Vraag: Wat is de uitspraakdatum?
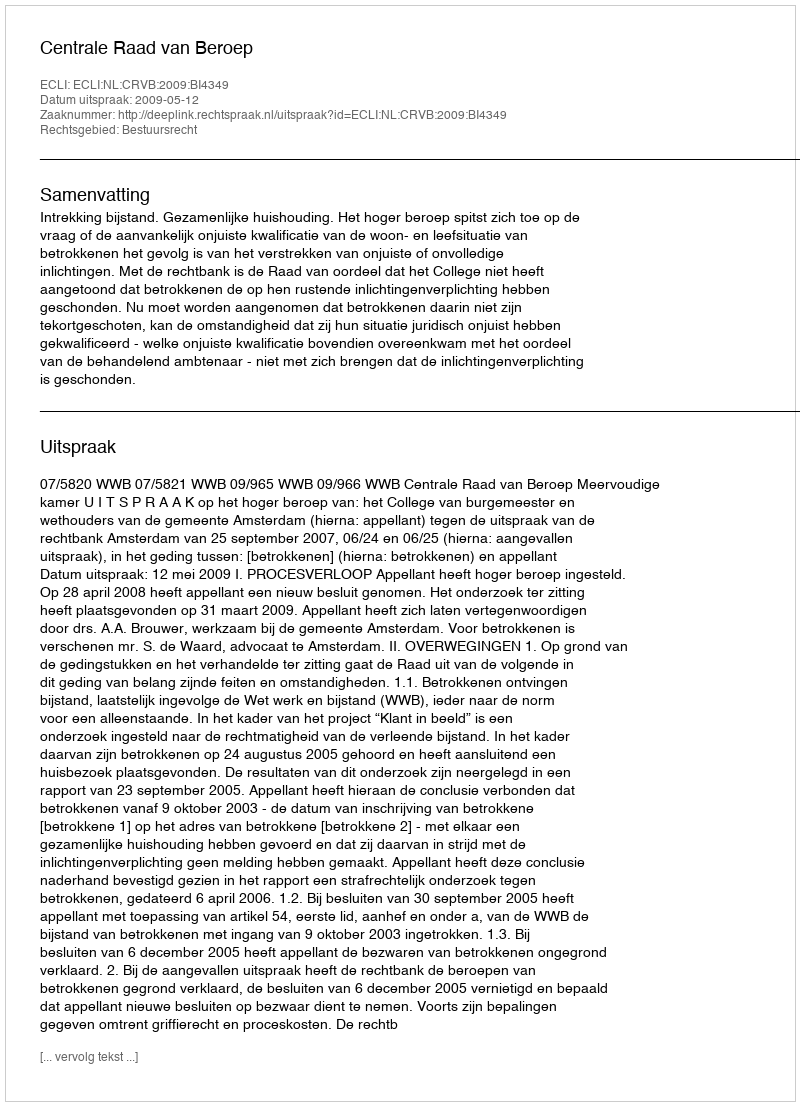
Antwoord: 2009-05-12